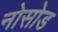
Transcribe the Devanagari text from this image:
नोसोड